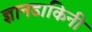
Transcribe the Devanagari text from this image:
ज्ञानडाकिनी